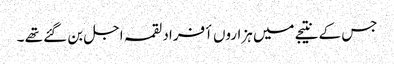
جس کے نتیجے میں ہزاروں أفراد لقمہ اجل بن گئے تھے ۔